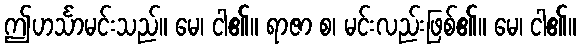
ဤဟင်္သာမင်းသည်။ မေ၊ ငါ၏။ ရာဇာ စ၊ မင်းလည်းဖြစ်၏။ မေ၊ ငါ၏။